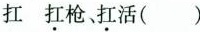
扛 扛枪、扛活( )